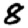
Digit: 8